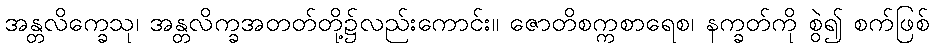
အန္တလိက္ခေသု၊ အန္တလိက္ခအတတ်တို့၌လည်းကောင်း။ ဇောတိစက္ကစာရေစ၊ နက္ခတ်ကို စွဲ၍ စက်ဖြစ်